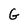
Character: G